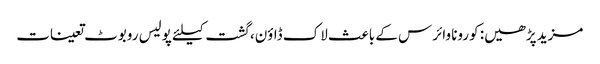
مزید پڑھیں: کورونا وائرس کے باعث لاک ڈاؤن، گشت کیلئے پولیس روبوٹ تعینات